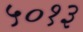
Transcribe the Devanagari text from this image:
५०१३